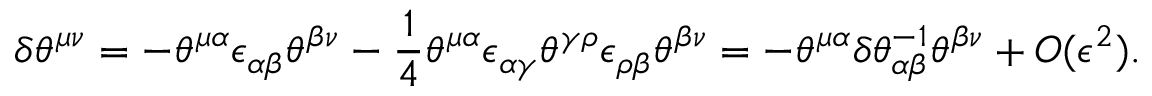
\delta \theta ^ { \mu \nu } = - \theta ^ { \mu \alpha } \epsilon _ { \alpha \beta } \theta ^ { \beta \nu } - \frac { 1 } { 4 } \theta ^ { \mu \alpha } \epsilon _ { \alpha \gamma } \theta ^ { \gamma \rho } \epsilon _ { \rho \beta } \theta ^ { \beta \nu } = - \theta ^ { \mu \alpha } \delta \theta _ { \alpha \beta } ^ { - 1 } \theta ^ { \beta \nu } + O ( \epsilon ^ { 2 } ) .